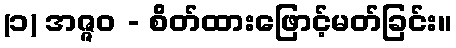
(၁) အဇ္ဇဝ - စိတ်ထားဖြောင့်မတ်ခြင်း။